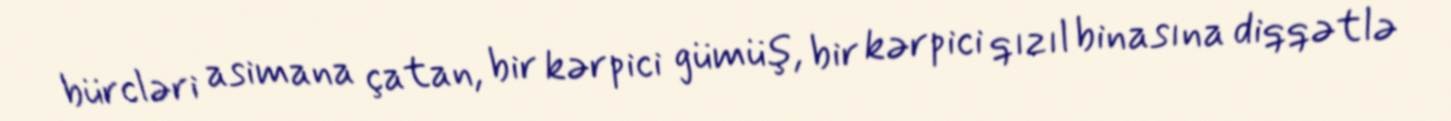
bürcləri asimana çatan, bir kərpici gümüş, bir kərpici qızıl binasına diqqətlə